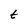
Character: t